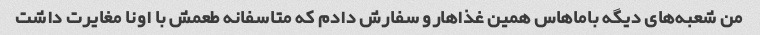
من شعبه‌های دیگه باماهاس همین غذاهارو سفارش دادم که متاسفانه طعمش با اونا مغایرت داشت